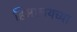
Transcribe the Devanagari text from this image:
हिमालयच्या